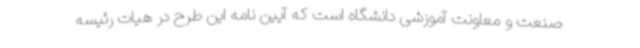
صنعت و معاونت آموزشی دانشگاه است که آیین نامه این طرح در هیات رئیسه